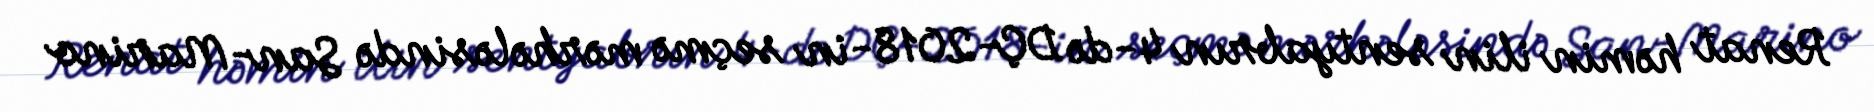
Renat həmin ilin sentyabrın 4-də DÇ-2018-in seçmə mərhələsində San-Marino